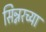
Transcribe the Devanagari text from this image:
सिन्नरच्या